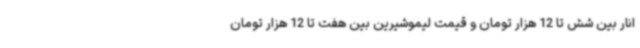
انار بین شش تا 12 هزار تومان و قیمت لیموشیرین بین هفت تا 12 هزار تومان